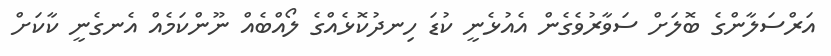
އަރްސަލާންގެ ބޮލަށް ސަވާރުވެގެން އެއުޅެނީ ކުޑަ ހިނދުކޮޅެއްގެ ލޯއްބެއް ނޫންކަމެއް އެނގެނީ ކާކަށް